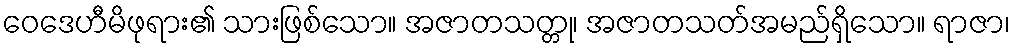
ဝေဒေဟီမိဖုရား၏ သားဖြစ်သော။ အဇာတသတ္တု၊ အဇာတသတ်အမည်ရှိသော။ ရာဇာ၊